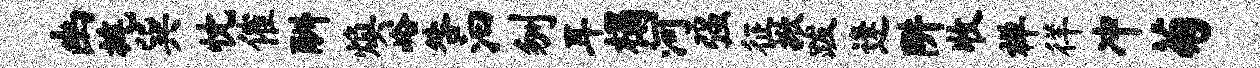
幽旄巽忱催酬焕峪咎汩刎耳榻河强征掀跋逢阱收禅徉冲菊